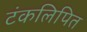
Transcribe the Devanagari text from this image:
टंकलिपित